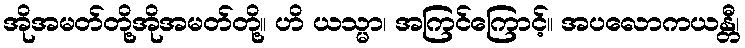
အိုအမတ်တို့အိုအမတ်တို့။ ဟိ ယသ္မာ၊ အကြင်ကြောင့်။ အပလောကယန္တီ၊